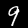
Label: 9